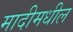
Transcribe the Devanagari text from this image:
मादीमधील